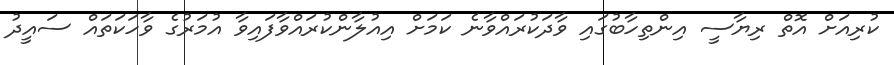
ކުރިއަށް އޮތް ރިޔާސީ އިންތިހާބުގައި ވާދަކުރައްވާނެ ކަމަށް އިއުލާންކުރައްވާފައިވާ އުމަރުގެ ވާހަކަތައް ސައީދު